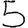
Digit: 5